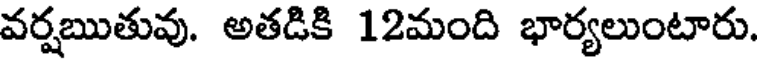
వర్షఋతువు. అతడికి 12మంది భార్యలుంటారు.